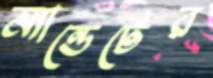
ম্যান্ডেটের